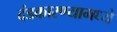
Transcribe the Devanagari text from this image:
दंडकारण्यामध्ये